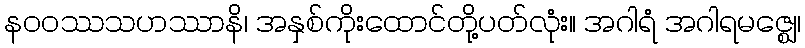
နဝဝဿသဟဿာနိ၊ အနှစ်ကိုးထောင်တို့ပတ်လုံး။ အဂါရံ အဂါရမဇ္ဈေ၊